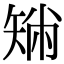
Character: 𥏟